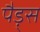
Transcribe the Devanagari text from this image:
पैड़्स